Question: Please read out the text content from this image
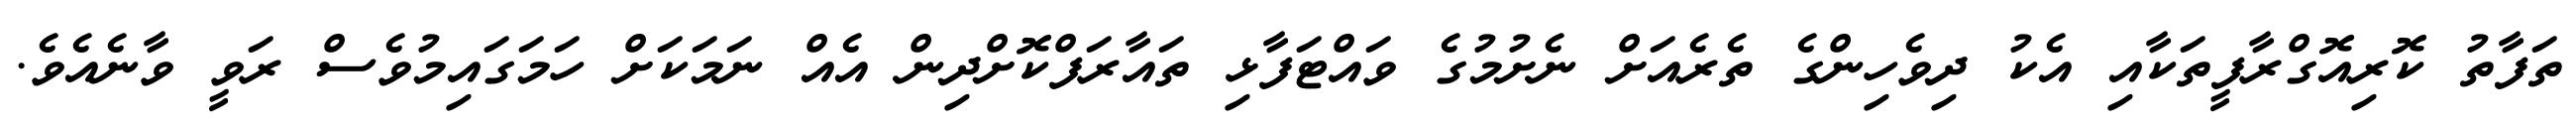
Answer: ތަފާތު ކޮރިއޮގްރާފީތަކާއި އެކު ދިވެހިންގެ ތެރެއަށް ނެށުމުގެ ވައްޓަފާޅި ތައާރަފްކޮށްދިން އެއް ނަމަކަށް ހަމަގައިމުވެސް ރަވީ ވާނެއެވެ.